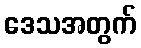
ဒေသအတွက်